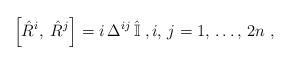
LaTeX: \begin{align*}\left[\hat{R}^i,\;\hat{R}^{j}\right] = i\,\Delta^{ij}\,\hat{\mathbb{I}}\;,i,\,j=1,\,\ldots,\,2n\;,\end{align*}